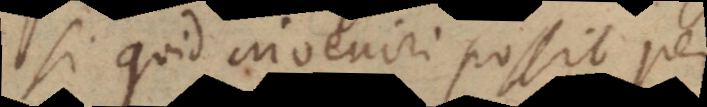
Si quid inveniri possit per